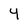
Character: Y